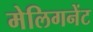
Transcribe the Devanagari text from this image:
मेलिगनेंट